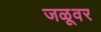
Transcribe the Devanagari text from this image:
जळूवर